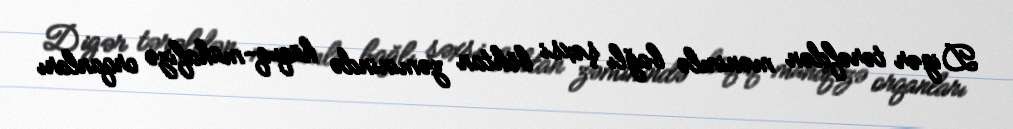
Digər tərəfdən mənimlə bağlı şəxsi böhtan zəminində hüquq-mühafizə orqanları